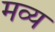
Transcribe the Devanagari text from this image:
मव्य